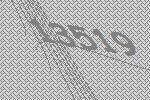
13519